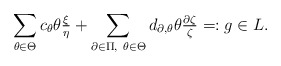
\begin{align*}\sum_{\theta\in\Theta} c_\theta\theta\tfrac{\xi}{\eta}+\sum_{\partial\in \Pi,\ \theta\in\Theta}d_{\partial,\theta}\theta\tfrac{\partial\zeta}{\zeta}=:g\in L.\end{align*}